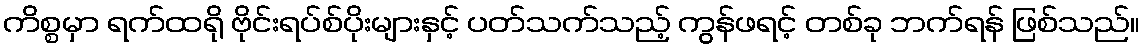
ကိစ္စမှာ ရက်ထရို ဗိုင်းရပ်စ်ပိုးများနှင့် ပတ်သက်သည့် ကွန်ဖရင့် တစ်ခု ဘက်ရန် ဖြစ်သည်။